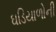
ઘડિયાળોની